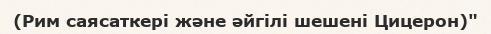
(Рим саясаткері және әйгілі шешені Цицерон)"